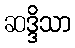
ဆဒ္ဒိသာ